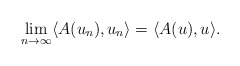
\begin{align*}\lim_{n\rightarrow\infty} \langle A(u_n), u_n \rangle = \langle A(u), u \rangle .\end{align*}